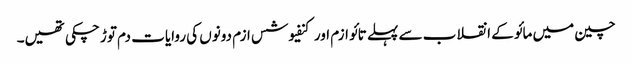
چین میں مائو کے انقلاب سے پہلے تائو ازم اور کنفیوشس ازم دونوں کی روایات دم توڑ چکی تھیں۔